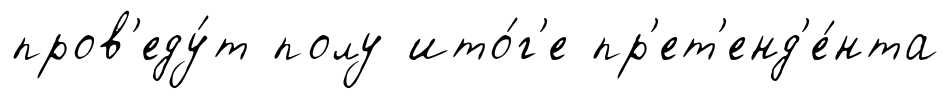
пров'еду́т полу ито́г'е пр'ет'енд'е́нта